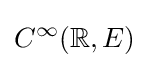
C^{\infty }(\mathbb {R} ,E)